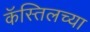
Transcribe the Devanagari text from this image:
कॅस्तिलच्या